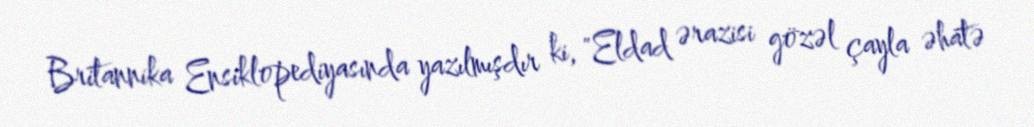
Britannika Ensiklopediyasında yazılmışdır ki, "Eldad ərazisi gözəl çayla əhatə